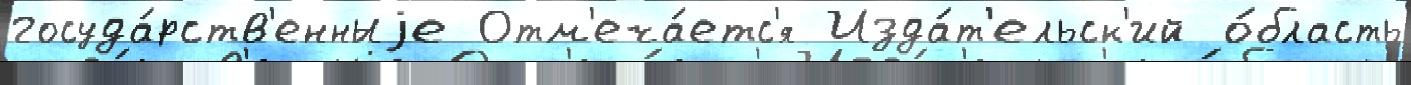
госуда́рств'енныjе Отм'еча́етс'я Изда́т'ельск'ий о́бласть